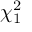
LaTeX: \chi _ { 1 } ^ { 2 }